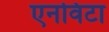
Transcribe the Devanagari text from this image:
एनविटा